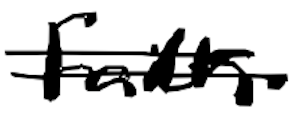
Text: Faith
Cross-out: double-line
Writing tool: digital_black